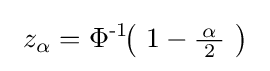
\ z_{\alpha }=\operatorname {\Phi ^{-1}} \!\!\left(\ 1-{\tfrac {\!\ \alpha \!\ }{2}}\ \right)\